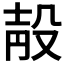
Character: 𣪗